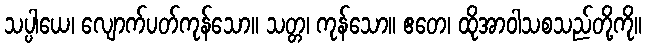
သပ္ပါယေ၊ လျောက်ပတ်ကုန်သော။ သတ္တ၊ ကုန်သော။ ဧတေ၊ ထိုအာဝါသစသည်တို့ကို။